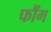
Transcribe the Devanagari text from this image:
फौंग